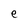
Character: e